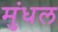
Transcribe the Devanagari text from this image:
मुंधल